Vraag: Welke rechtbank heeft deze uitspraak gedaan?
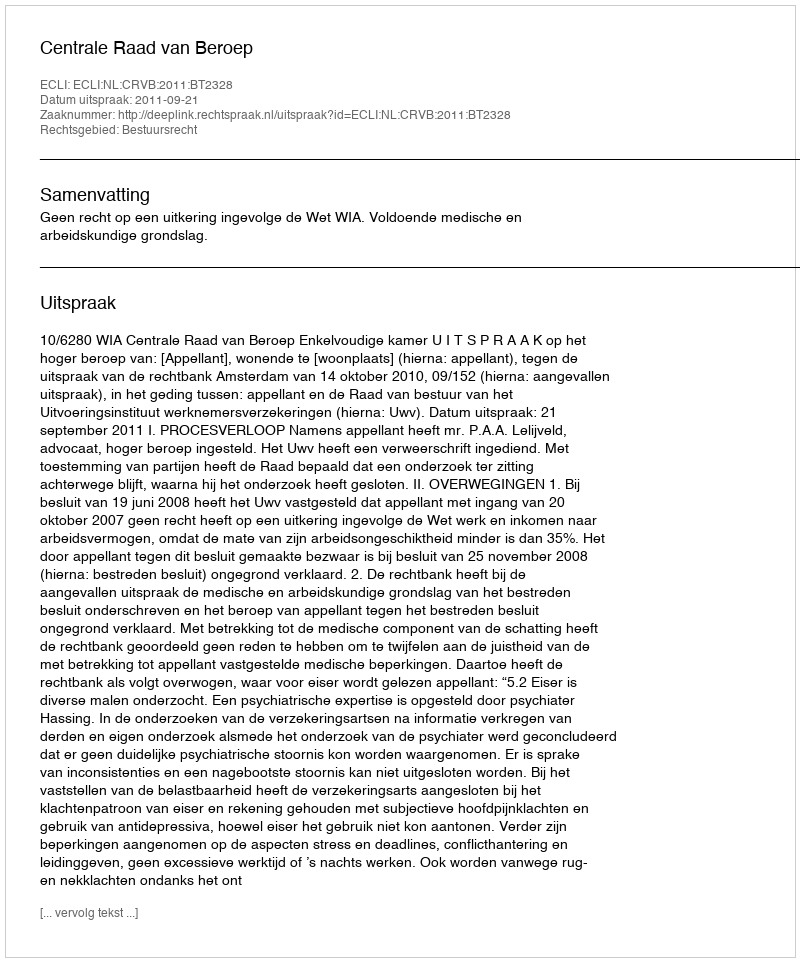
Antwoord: Centrale Raad van Beroep